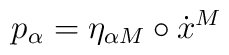
p_{\alpha}=\eta_{\alpha M}\circ \dot{x}^{M}